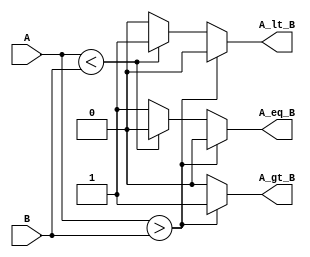
module parameterized_comparator #(
    parameter N = 8  // Default bit-width is set to 8
)(
    input  [N-1:0] A,  // Input A
    input  [N-1:0] B,  // Input B
    output reg A_gt_B,  // A greater than B
    output reg A_lt_B,  // A less than B
    output reg A_eq_B   // A equal to B
);

    // Behavioral logic to compare A and B
    always @(*) begin
        // Initialize outputs to 0
        A_gt_B = 1'b0;
        A_lt_B = 1'b0;
        A_eq_B = 1'b0;

        // Compare A and B
        if (A > B) begin
            A_gt_B = 1'b1;
        end else if (A < B) begin
            A_lt_B = 1'b1;
        end else begin
            A_eq_B = 1'b1;
        end
    end

endmodule